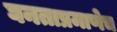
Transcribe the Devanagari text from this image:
घनताप्रमाणेच